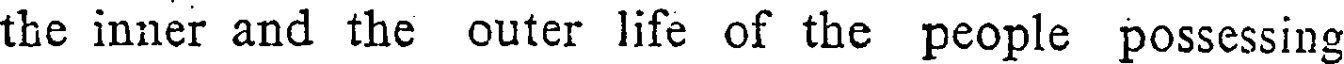
the inner and the outer life of the people possessing